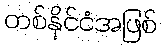
တစ်နိုင်ငံအဖြစ်